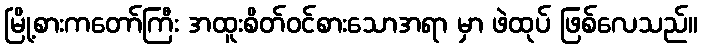
မြို့စားကတော်ကြီး အထူးစိတ်ဝင်စားသောအရာ မှာ ဖဲထုပ် ဖြစ်လေသည်။